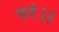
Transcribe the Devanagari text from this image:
परं।।